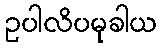
ဥပါလိပမုခါယ